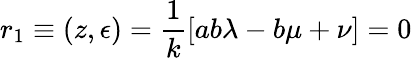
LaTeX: r_{1}\equiv(z,\epsilon)=\frac{1}{k}[ab\lambda-b\mu+\nu]=0